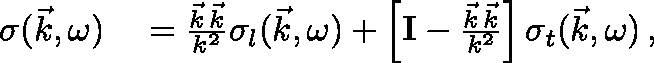
\begin{array} { r l } { \mathbf { \sigma } ( \vec { k } , \omega ) } & { { } = \frac { \vec { k } \, \vec { k } } { k ^ { 2 } } \sigma _ { l } ( \vec { k } , \omega ) + \left[ \mathbf { I } - \frac { \vec { k } \, \vec { k } } { k ^ { 2 } } \right] \sigma _ { t } ( \vec { k } , \omega ) \, , } \end{array}